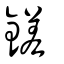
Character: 鎈